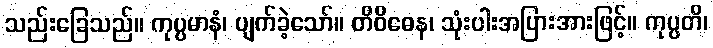
သည်းခြေသည်။ ကုပ္ပမာနံ၊ ပျက်ခဲ့သော်။ တိဝိဓေန၊ သုံးပါးအပြားအားဖြင့်။ ကုပ္ပတိ၊